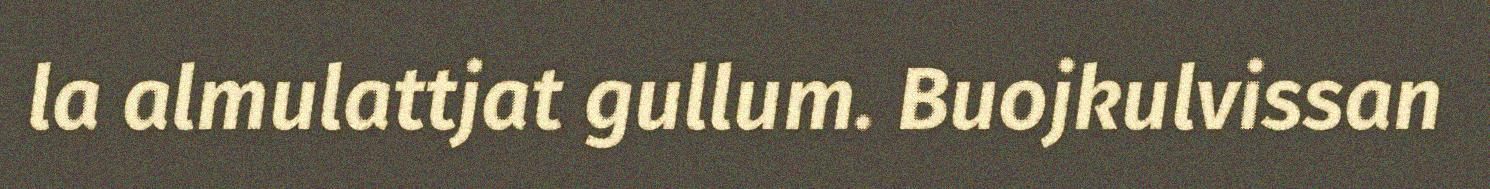
la almulattjat gullum. Buojkulvissan